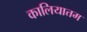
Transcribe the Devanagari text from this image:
कालियात्तम